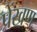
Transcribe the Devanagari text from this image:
प्रेंखण